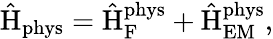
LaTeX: \hat{\mathrm{H}}_{\mathrm{phys}}=\hat{\mathrm{H}}_{\mathrm{F}}^{\mathrm{phys}}+\hat{\mathrm{H}}_{\mathrm{EM}}^{\mathrm{phys}},